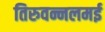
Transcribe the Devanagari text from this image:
तिरुवन्नलमई